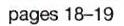
pages 18-19